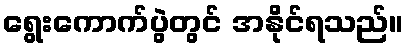
ရွေးကောက်ပွဲတွင် အနိုင်ရသည်။